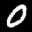
Label: 0